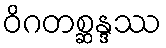
ဝိဂတစ္ဆန္ဒဿ